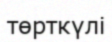
төрткүлі